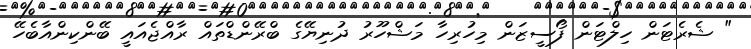
" ޝެރެޓަން ހިލްޓަން ފޯސީޒަން މިހުރިހާ މަޝްހޫރު ދުނިޔޭގެ ބްރޭންޑްތައް ރާއްޖެއައީ ބޭންކިންއާބެހޭ